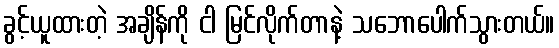
ခွင့်ယူထားတဲ့ အချိန်ကို ငါ မြင်လိုက်တာနဲ့ သဘောပေါက်သွားတယ်။